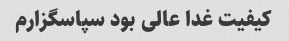
کیفیت غدا عالی بود سپاسگزارم